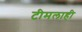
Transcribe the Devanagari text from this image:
टीमलाही